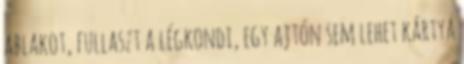
ablakot, fullaszt a légkondi, egy ajtón sem lehet kártya